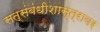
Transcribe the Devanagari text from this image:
सत्संबंधीशास्त्रावर